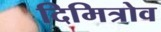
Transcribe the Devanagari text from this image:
दिमित्रोव